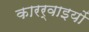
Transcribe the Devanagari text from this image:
कारर्वाइयों